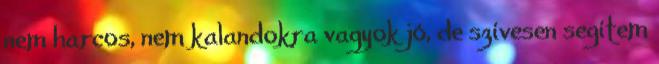
nem harcos, nem kalandokra vagyok jó, de szívesen segítem